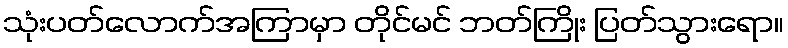
သုံးပတ်လောက်အကြာမှာ တိုင်မင် ဘတ်ကြိုး ပြတ်သွားရော။